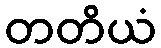
တတိယံ